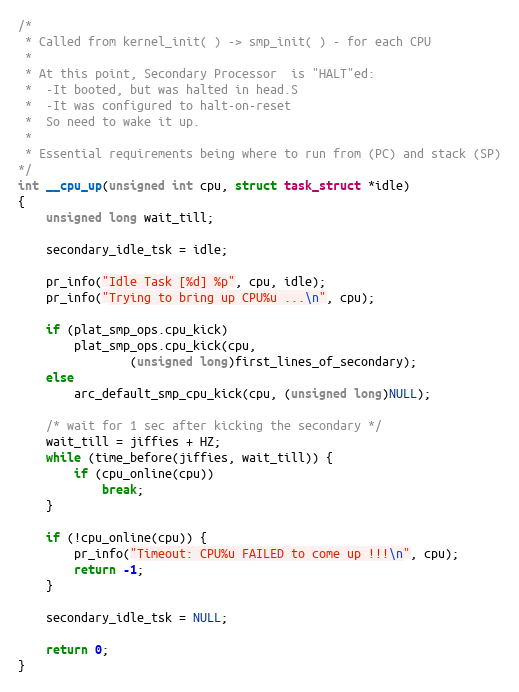
Language: C
/*
 * Called from kernel_init( ) -> smp_init( ) - for each CPU
 *
 * At this point, Secondary Processor  is "HALT"ed:
 *  -It booted, but was halted in head.S
 *  -It was configured to halt-on-reset
 *  So need to wake it up.
 *
 * Essential requirements being where to run from (PC) and stack (SP)
*/
int __cpu_up(unsigned int cpu, struct task_struct *idle)
{
	unsigned long wait_till;

	secondary_idle_tsk = idle;

	pr_info("Idle Task [%d] %p", cpu, idle);
	pr_info("Trying to bring up CPU%u ...\n", cpu);

	if (plat_smp_ops.cpu_kick)
		plat_smp_ops.cpu_kick(cpu,
				(unsigned long)first_lines_of_secondary);
	else
		arc_default_smp_cpu_kick(cpu, (unsigned long)NULL);

	/* wait for 1 sec after kicking the secondary */
	wait_till = jiffies + HZ;
	while (time_before(jiffies, wait_till)) {
		if (cpu_online(cpu))
			break;
	}

	if (!cpu_online(cpu)) {
		pr_info("Timeout: CPU%u FAILED to come up !!!\n", cpu);
		return -1;
	}

	secondary_idle_tsk = NULL;

	return 0;
}